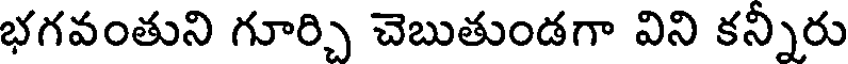
భగవంతుని గూర్చి చెబుతుండగా విని కన్నిరు